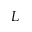
L